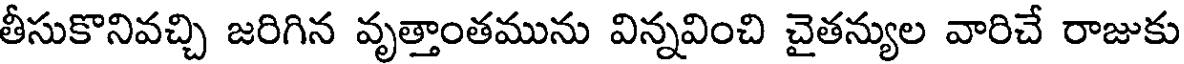
తీసుకొనివచ్చి జరిగిన వృత్తాంతమును విన్నవించి చైతన్యుల వారిచే రాజుకు